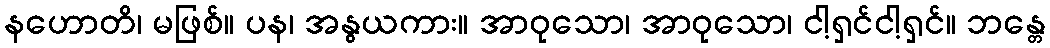
နဟောတိ၊ မဖြစ်။ ပန၊ အနွယကား။ အာဝုသော၊ အာဝုသော၊ ငါ့ရှင်ငါ့ရှင်။ ဘန္တေ